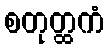
စတုတ္ထကံ